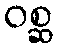
ဝစ္ဆ